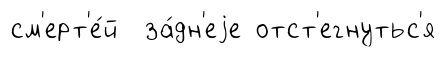
см'ерт'е́й за́дн'еjе отст'егнутьс'я